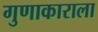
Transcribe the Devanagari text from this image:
गुणाकाराला